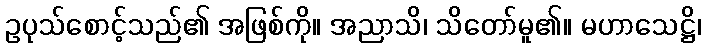
ဥပုသ်စောင့်သည်၏ အဖြစ်ကို။ အညာသိ၊ သိတော်မူ၏။ မဟာသေဋ္ဌိ၊